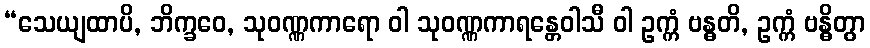
“သေယျထာပိ, ဘိက္ခဝေ, သုဝဏ္ဏကာရော ဝါ သုဝဏ္ဏကာရန္တေဝါသီ ဝါ ဥက္ကံ ဗန္ဓတိ, ဥက္ကံ ဗန္ဓိတွာ